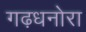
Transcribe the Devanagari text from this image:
गढ़धनोरा